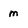
Character: m